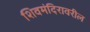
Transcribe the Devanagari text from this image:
शिवमंदिरावरील